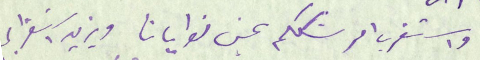
واستغرب امر شككم بحسن نوايانا ويزيد استغرابى